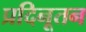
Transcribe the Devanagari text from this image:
प्रदिनूतन